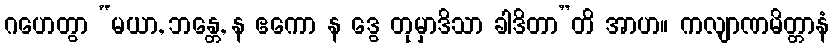
ဂဟေတွာ “မယာ, ဘန္တေ, န ဧကော န ဒွေ တုမှာဒိသာ ခါဒိတာ”တိ အာဟ။ ကလျာဏမိတ္တာနံ